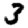
Digit: 3